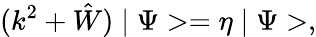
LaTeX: (k^{2}+\hat{W})\mid\Psi>=\eta\mid\Psi>,